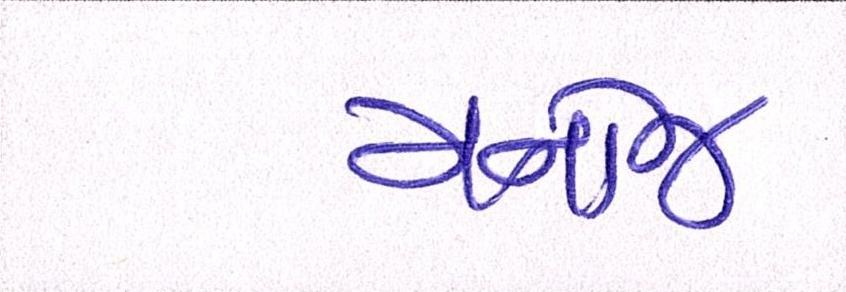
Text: મનોજ